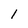
Character: I